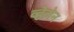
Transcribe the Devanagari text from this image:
व्हेलेन